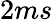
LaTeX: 2ms